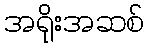
အရိုးအဆစ်